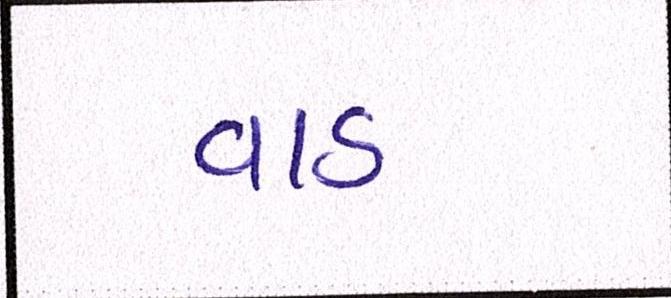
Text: વાડ